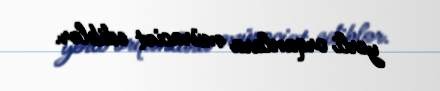
yerli orqanlara müraciət ediblər.